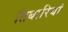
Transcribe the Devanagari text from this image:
तिबारियां